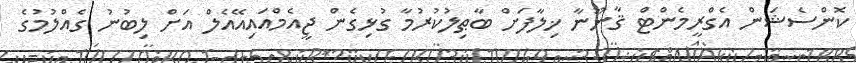
ކޮންސެޝަން އެގްރީމެންޓް ޤާނޫނާ ޚިލާފަށް ބާޠިލުކުރުމާ ގުޅިގެން ޖީއެމްއައިއޭއެލް އަށް ލިބުނު ގެއްލުމުގެ